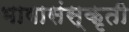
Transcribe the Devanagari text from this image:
भाषासंस्कृती